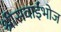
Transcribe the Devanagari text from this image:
श्रीसवाईभोज